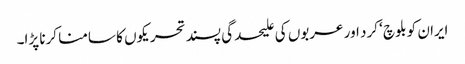
ایران کو بلوچ ‘ کرد اور عربوں کی علیحدگی پسند تحریکوں کا سامنا کرنا پڑا۔